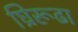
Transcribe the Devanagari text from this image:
घ्रिरूढा